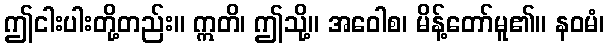
ဤငါးပါးတို့တည်း။ ဣတိ၊ ဤသို့။ အဝေါစ၊ မိန့်တော်မူ၏။ နဝမံ၊